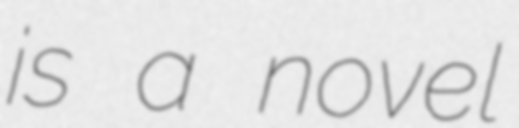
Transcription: is a novel